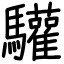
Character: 驩